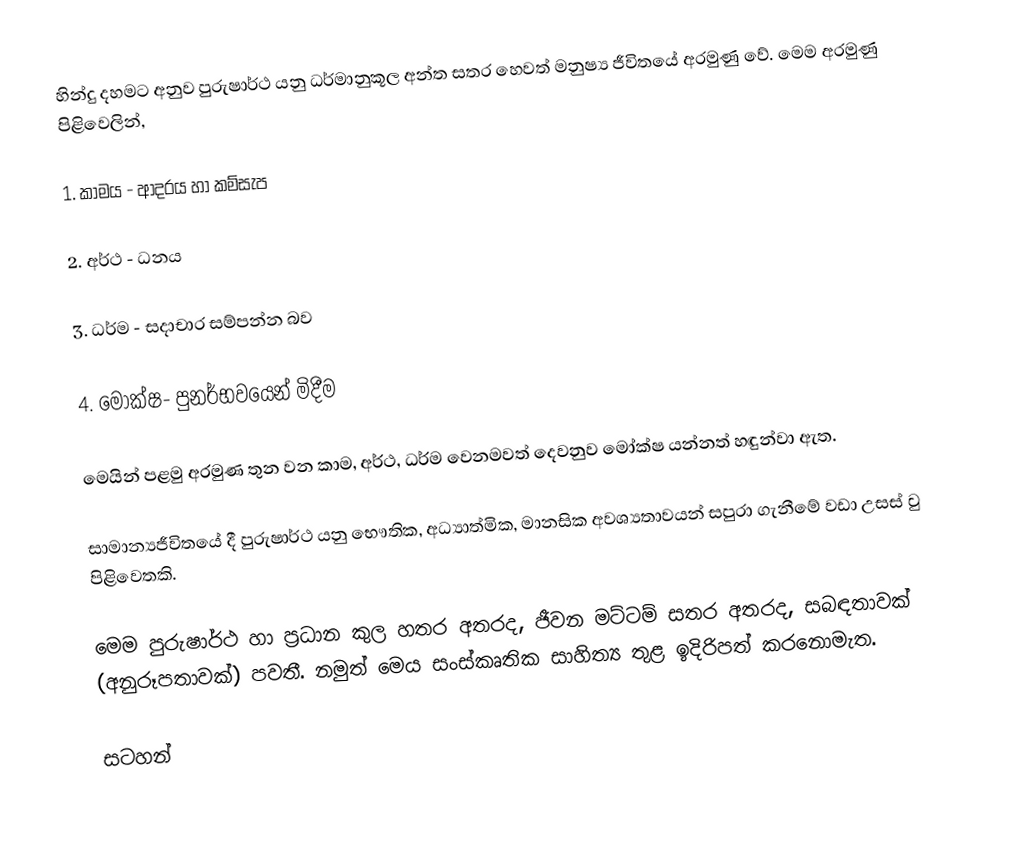
හින්දු දහමට අනුව පුරුෂාර්ථ යනු ධර්මානුකූල අන්ත සතර හෙවත් මනුෂ්‍ය ජීවිතයේ අරමුණු වේ. මෙම අරමුණු පිළිවෙලින්,

	1.	කාමය	-	ආදරය හා කම්සැප

	2.	අර්ථ	-	ධනය

	3.	ධර්ම	-	සදාචාර සම්පන්න බව

	4.	මෝක්ෂ-	පුනර්භවයෙන් මිදීම

මෙයින් පළමු අරමුණ තුන වන කාම, අර්ථ, ධර්ම වෙනමවත් දෙවනුව මෝක්ෂ යන්නත් හඳුන්වා ඇත.

සාමාන්‍ය‍ජීවිතයේ දී පුරුෂාර්ථ යනු භෞතික, අධ්‍යාත්මික, මානසික අවශ්‍යතාවයන් සපුරා ගැනීමේ වඩා උසස් වු පිළිවෙතකි.

මෙම පුරුෂාර්ථ හා ප්‍රධාන කුල හතර අතරද, ජීවන මට්ටම් සතර අතරද, සබඳතාවක් (අනුරූපතාවක්) පවතී. නමුත් මෙය සංස්කෘතික සාහිත්‍ය තුළ ඉදිරිපත් කර‍නොමැත.

සටහන්